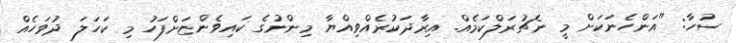
ސުހާ: "އަންހެނަކަށް މީ ނެޗުރަލްކަމެއް. އިރާދަކުރެއްވިއްޔާ މިންނުގެ ކައިވެންޏަށްފަހު މި ކަހަލަ ދުވަހެއް